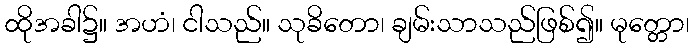
ထိုအခါ၌။ အဟံ၊ ငါသည်။ သုခိတော၊ ချမ်းသာသည်ဖြစ်၍။ မုတ္တော၊